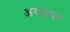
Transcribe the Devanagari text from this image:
अय्यानर